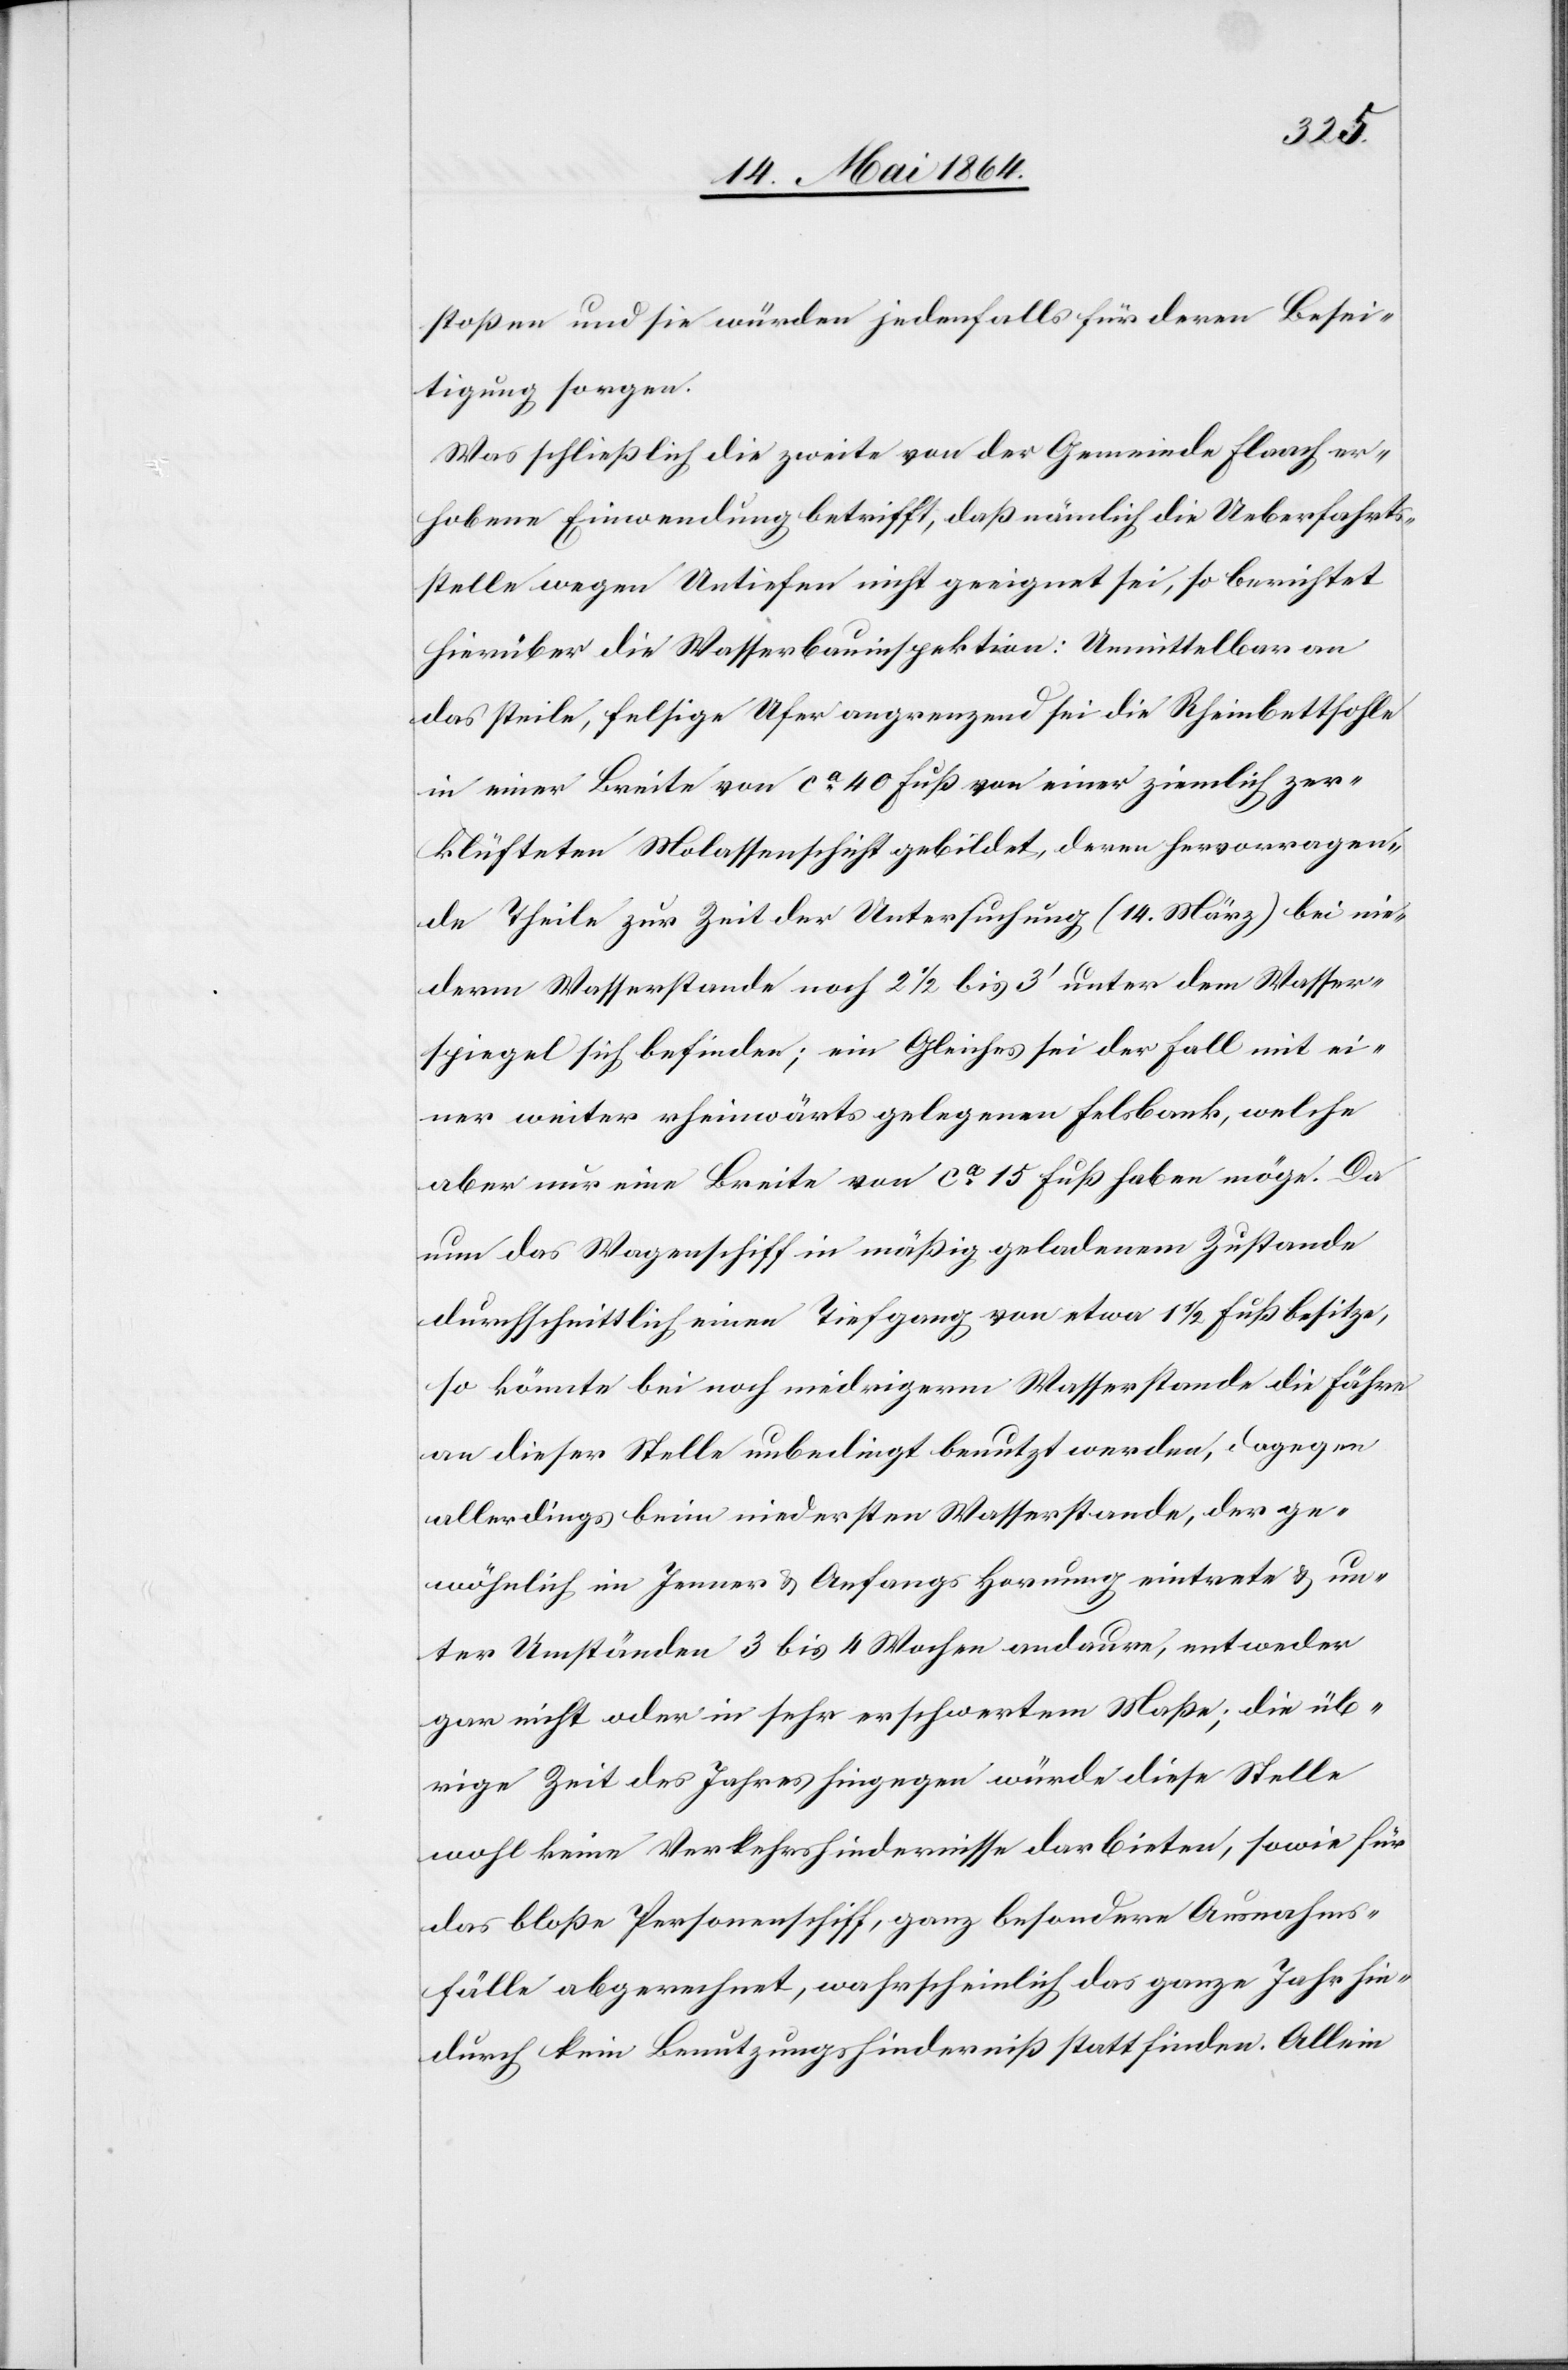
stoßen und sie würden jedenfalls für deren Besei¬
tigung sorgen.
Was schließlich die zweite von der Gemeinde Flaach er¬
hobene Einwendung betrifft, daß nämlich die Ueberfahrts¬
stelle wegen Untiefen nicht geeignet sei, so berichtet
hierüber die Wasserbauinspektion: Unmittelbar an
das steile, felsige Ufer angrenzend sei die Rheinbettsohle
in einer Breite von ca 40 Fuß von einer ziemlich zer¬
klüfteten Molassenschicht gebildet, deren hervorragen¬
de Theile zur Zeit der Untersuchung (14. März) bei nie¬
derm Wasserstande noch 2 1/2 bis 3’ unter dem Wasser¬
spiegel sich befinden; ein Gleiches sei der Fall mit ei¬
ner weiter rheinwärts gelegenen Felsbank, welche
aber nur eine Breite von ca 15 Fuß haben möge. Da
nun das Wagenschiff in mäßig geladenem Zustande
durchschnittlich einen Tiefgang von etwa 1 1/2 Fuß besitze,
so könnte bei noch niedrigerm Wasserstande die Fähre
an dieser Stelle unbedingt benutzt werden, dagegen
allerdings beim niedersten Wasserstande, der ge¬
wöhnlich im Jenner u. Anfangs Hornung eintrete u. un¬
ter Umständen 3 bis 4 Wochen andaure, entweder
gar nicht oder in sehr erschwertem Maße; die üb¬
rige Zeit des Jahres hingegen würde diese Stelle
wohl keine Verkehrshindernisse darbieten, sowie für
das bloße Personenschiff, ganz besondere Ausnahms¬
fälle abgerechnet, wahrscheinlich das ganze Jahr hin¬
durch kein Benutzungshinderniß stattfinden. Allein